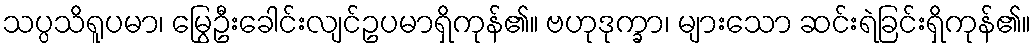
သပ္ပသိရူပမာ၊ မြွေဦးခေါင်းလျင်ဥပမာရှိကုန်၏။ ဗဟုဒုက္ခာ၊ များသော ဆင်းရဲခြင်းရှိကုန်၏။